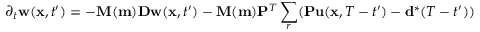
\partial _ { t } \mathbf { w } ( \mathbf { x } , t ^ { \prime } ) = - \mathbf { M ( m ) } \mathbf { D w } ( \mathbf { x } , t ^ { \prime } ) - \mathbf { M ( m ) } \mathbf { P } ^ { T } \sum _ { r } ( \mathbf { P u } ( \mathbf { x } , T - t ^ { \prime } ) - \mathbf { d } ^ { * } ( T - t ^ { \prime } ) )